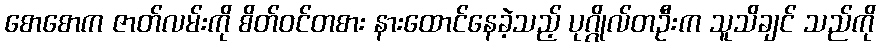
စောစောက ဇာတ်လမ်းကို စိတ်ဝင်တစား နားထောင်နေခဲ့သည့် ပုဂ္ဂိုလ်တဦးက သူသိချင် သည်ကို